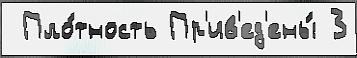
 Пло́тность Пр'ив'ед'ены́ 3